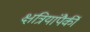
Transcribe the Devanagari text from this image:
क्षत्रियांपैकीं